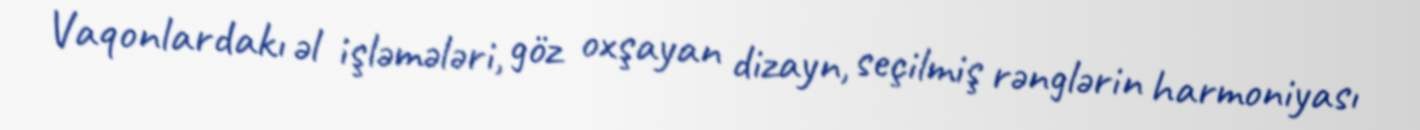
Vaqonlardakı əl işləmələri, göz oxşayan dizayn, seçilmiş rənglərin harmoniyası